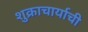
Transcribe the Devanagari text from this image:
शुक्राचार्याची